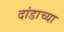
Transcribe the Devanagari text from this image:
दांडाच्या